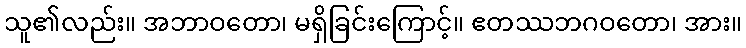
သူ၏လည်း။ အဘာဝတော၊ မရှိခြင်းကြောင့်။ ဧတဿဘဂဝတော၊ အား။